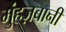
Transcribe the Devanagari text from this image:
मुंहज़बानी